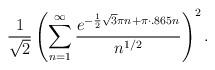
LaTeX: \begin{align*}\frac{1}{\sqrt{2}} \left(\sum_{n=1}^\infty \frac{e^{-\frac{1}{2}\sqrt{3}\pi n + \pi \cdot .865 n}}{n^{1/2}} \right)^2.\end{align*}